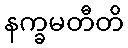
နက္ခမတီတိ